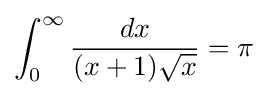
\int _{0}^{\infty }{\frac {dx}{(x+1){\sqrt {x}}}}=\pi